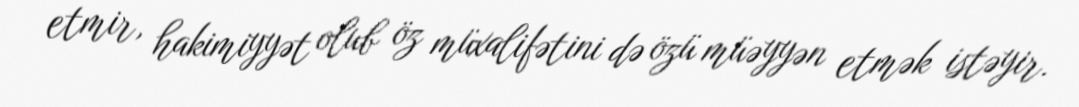
etmir, hakimiyyət olub öz müxalifətini də özü müəyyən etmək istəyir.